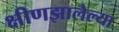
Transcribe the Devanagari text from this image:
क्षीणझालेल्या